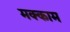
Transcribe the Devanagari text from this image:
मक्काम